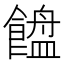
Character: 𱃯